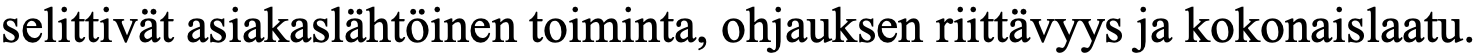
selittivät asiakaslähtöinen toiminta, ohjauksen riittävyys ja kokonaislaatu.